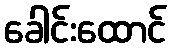
ခေါင်းထောင်